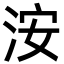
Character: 洝